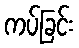
ကပ်ခြင်း